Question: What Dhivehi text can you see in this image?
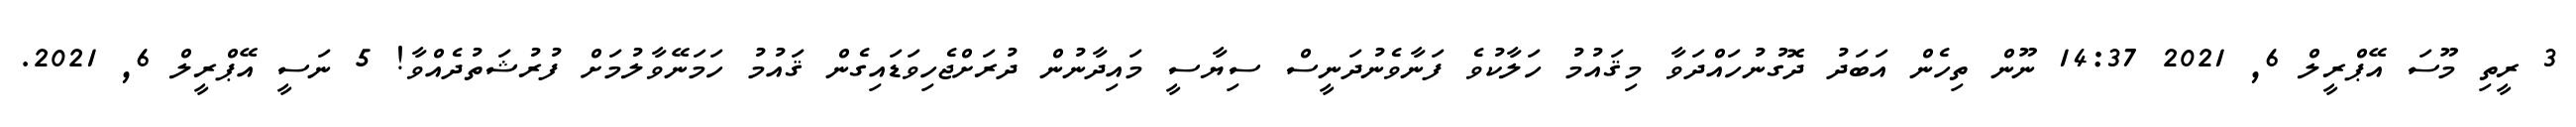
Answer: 3 ރީތި މޫސަ އޭޕްރީލް 6, 2021 14:37 ނޫން ތިހެން އަބަދު ދޮގުނުހައްދަވާ މިޤައުމު ހަލާކުވެ ފަނާވެނުދަނީސް ސިޔާސީ މައިދާނުން ދުރަށްޖެހިވަޑައިގެން ޤައުމު ހަމަނޭވާލުމަށް ފުރުޝަތުދެއްވާ! 5 ނަސީ އޭޕްރީލް 6, 2021.